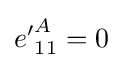
{e'}_{11}^{A}=0